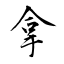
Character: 拿